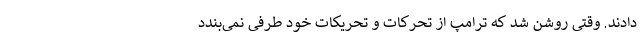
دادند. وقتی روشن شد که ترامپ از تحرکات و تحریکات خود طرفی نمی‌بندد